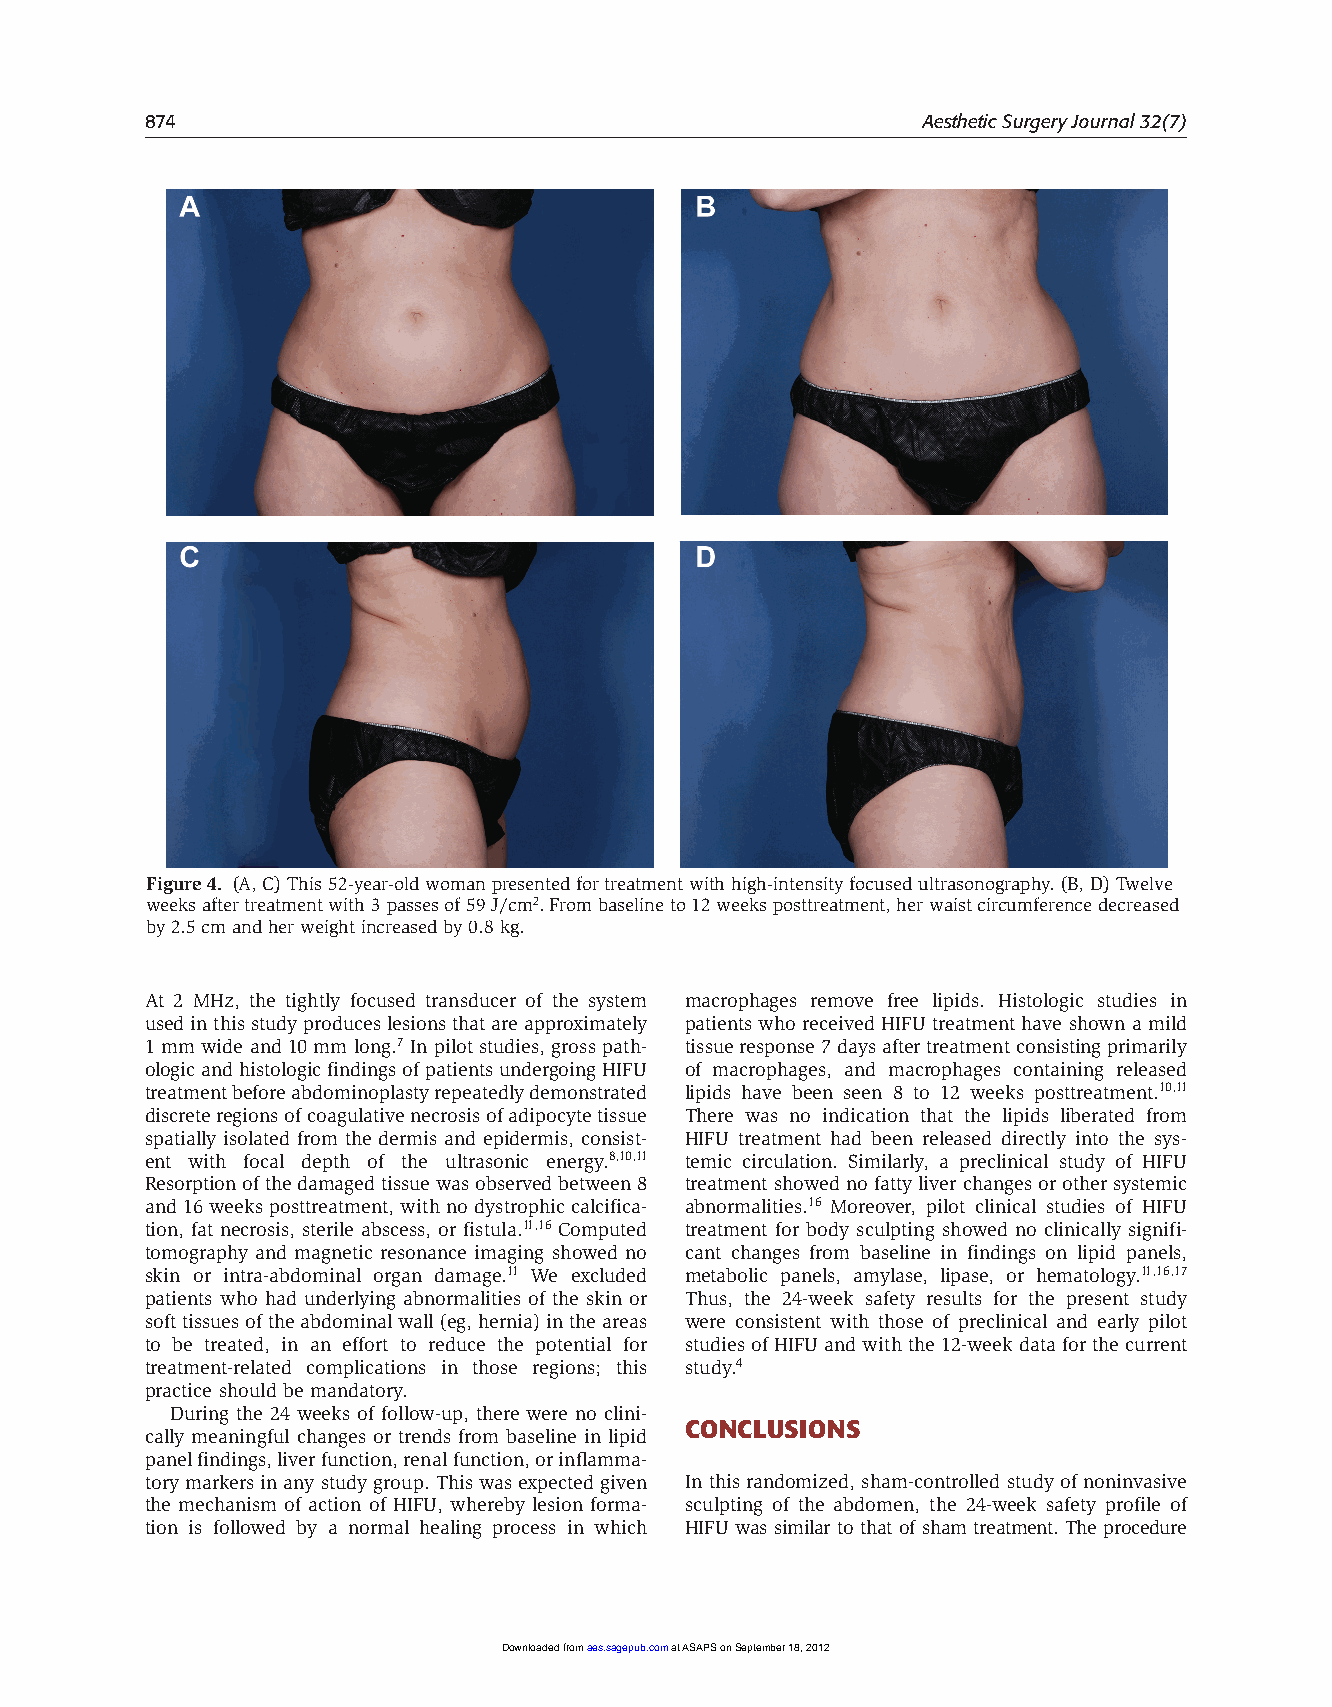
874                                                Aesthetic Surgery Journal 32(7)
 Figure 4. (A, C) This 52-year-old woman presented for treatment with high-intensity focused ultrasonography. (B, D) Twelve
 weeks after treatment with 3 passes of 59 J/cm2. From baseline to 12 weeks posttreatment, her waist circumference decreased
 by 2.5 cm and her weight increased by 0.8 kg.
 At 2 MHz, the tightly focused transducer of the system macrophages remove free lipids. Histologic studies in
 used in this study produces lesions that are approximately patients who received HIFU treatment have shown a mild
 1 mm wide and 10 mm long.7 In pilot studies, gross path- tissue response 7 days after treatment consisting primarily
 ologic and histologic findings of patients undergoing HIFU of macrophages, and macrophages containing released
 treatment before abdominoplasty repeatedly demonstrated lipids have been seen 8 to 12 weeks posttreatment.10,11
 discrete regions of coagulative necrosis of adipocyte tissue There was no indication that the lipids liberated from
 spatially isolated from the dermis and epidermis, consist- HIFU treatment had been released directly into the sys-
 ent with focal depth of the ultrasonic energy.8,10,11 temic circulation. Similarly, a preclinical study of HIFU
 Resorption of the damaged tissue was observed between 8 treatment showed no fatty liver changes or other systemic
 and 16 weeks posttreatment, with no dystrophic calcifica- abnormalities.16 Moreover, pilot clinical studies of HIFU
 tion, fat necrosis, sterile abscess, or fistula.11,16 Computed treatment for body sculpting showed no clinically signifi-
 tomography and magnetic resonance imaging showed no cant changes from baseline in findings on lipid panels,
 skin or intra-abdominal organ damage.11 We excluded metabolic panels, amylase, lipase, or hematology.11,16,17
 patients who had underlying abnormalities of the skin or Thus, the 24-week safety results for the present study
 soft tissues of the abdominal wall (eg, hernia) in the areas were consistent with those of preclinical and early pilot
 to be treated, in an effort to reduce the potential for studies of HIFU and with the 12-week data for the current
 treatment-related complications in those regions; this study.4
 practice should be mandatory.
 During the 24 weeks of follow-up, there were no clini-
 COnCLusiOns
 cally meaningful changes or trends from baseline in lipid
 panel findings, liver function, renal function, or inflamma-
 tory markers in any study group. This was expected given In this randomized, sham-controlled study of noninvasive
 the mechanism of action of HIFU, whereby lesion forma- sculpting of the abdomen, the 24-week safety profile of
 tion is followed by a normal healing process in which HIFU was similar to that of sham treatment. The procedure
 Downloaded from aes.sagepub.com at ASAPS on September 18, 2012